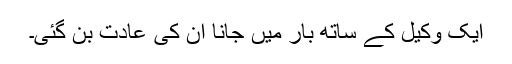
ایک وکیل کے ساتھ بار میں جانا ان کی عادت بن گئی۔